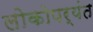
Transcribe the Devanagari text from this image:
लोकोपर्यंत